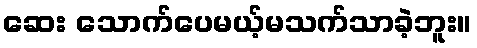
ဆေး သောက်ပေမယ့်မသက်သာခဲ့ဘူး။